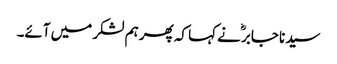
سیدنا جابرؓ نے کہا کہ پھر ہم لشکر میں آئے۔